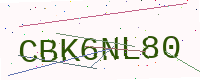
Text: CBK6NL80